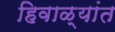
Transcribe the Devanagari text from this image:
हिवाळ्यांत